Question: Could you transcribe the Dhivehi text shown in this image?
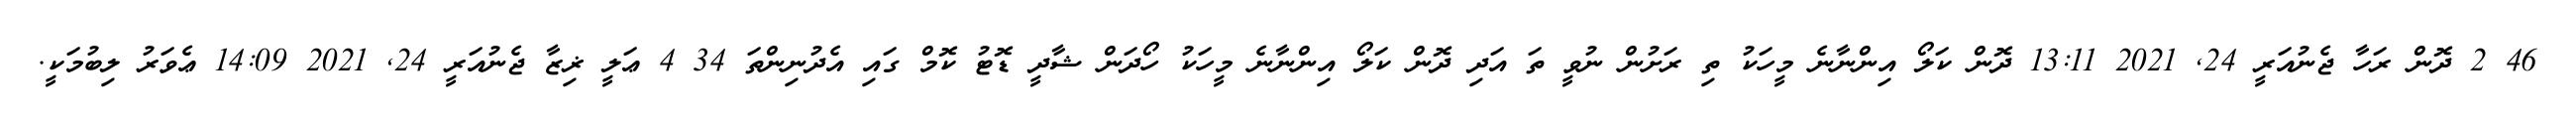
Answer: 46 2 ދޮން ރަހާ ޖެނުއަރީ 24, 2021 13:11 ދޮން ކަލޯ އިންނާނެ މީހަކު ތި ރަށުން ނުވީ ތަ އަދި ދޮން ކަލޯ އިންނާނެ މީހަކު ހޯދަން ޝާދީ ޑޮޓު ކޮމް ގައި އެދުނިންތަ 34 4 ޢަލީ ޜިޒާ ޖެނުއަރީ 24, 2021 14:09 ޢެވަރު ލިބުމަކީ.